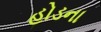
હોડના